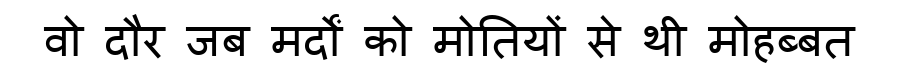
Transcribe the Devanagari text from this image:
वो दौर जब मर्दों को मोतियों से थी मोहब्बत